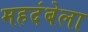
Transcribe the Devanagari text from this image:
महदंबेला